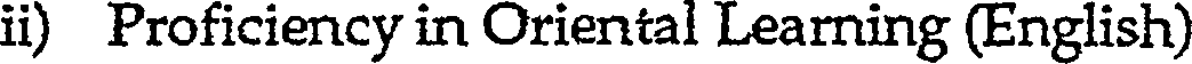
ii) Proficiency in Oriental Learning (English)